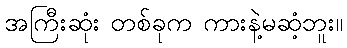
အကြီးဆုံး တစ်ခုက ကားနဲ့မဆံ့ဘူး။